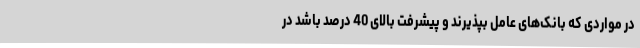
در مواردی که بانک‌های عامل بپذیرند و پیشرفت بالای 40 درصد باشد در